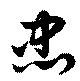
忠